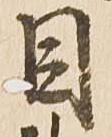
目